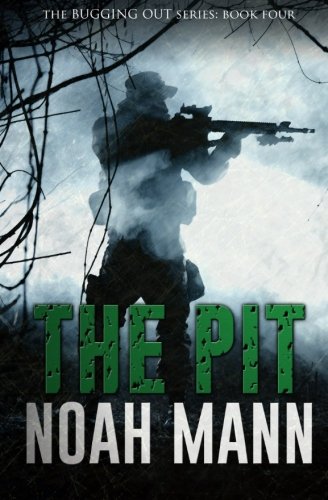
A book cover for The Pit (The Bugging Out Series) (Volume 4); Noah Mann; Science Fiction & Fantasy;